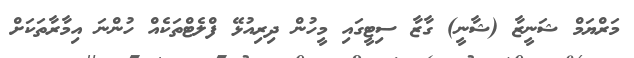
މަރްޔަމް ޝަނީޒާ (ޝާނީ) ގާޒާ ސިޓީގައި މީހުން ދިރިއުޅޭ ފްލެޓްތަކެއް ހުންނަ އިމާރާތަކަށް